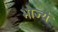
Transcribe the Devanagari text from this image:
भौज्यं